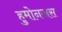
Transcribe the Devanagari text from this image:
हुमोनजस